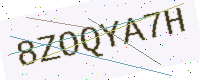
Text: 8ZOQYA7H